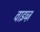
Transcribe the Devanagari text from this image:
वाइव्ज़